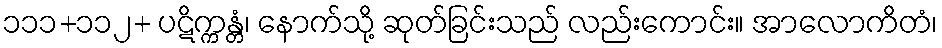
၁၁၁+၁၁၂+ ပဋိက္ကန္တံ၊ နောက်သို့ ဆုတ်ခြင်းသည် လည်းကောင်း။ အာလောကိတံ၊